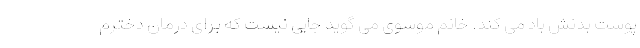
پوست بدنش باد می کند. خانم موسوی می گوید جایی نیست که برای درمان دخترم